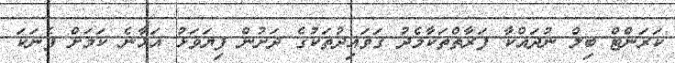
ކަރަންޓް ބިލް ނުދައްކާ ފަރާތްތަކާމެދު ގަވައިދުތަކުގެ ދަށުން ފިޔަވަޅު އަޅާނެ ކަމަށް ފެނަކަ